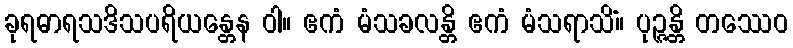
ခုရဓာရသဒိသပရိယန္တေန ဝါ။ ဧကံ မံသခလန္တိ ဧကံ မံသရာသိံ။ ပုဉ္ဇန္တိ တဿေဝ